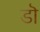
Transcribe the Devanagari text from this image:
डॊ